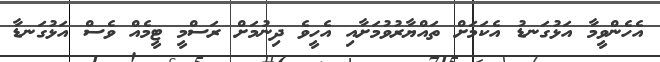
އެހެންވީމާ އަޅުގަނޑު އެކަމަށް ތައްޔާރުވުމަށާއި އެހީވެ ދިނުމަށް ރަސްމީ ޓީމެއް ވެސް އަޅުގަނޑާ